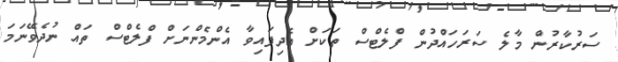
ސަރުކާރުން މާލެ ސަރަހައްދުން ފްލެޓްސް ތަކަށް އެދިފައިވާ އެންމެންނަށް ފްލެޓްސް ތައް ނުދެވޭނަމަ